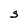
Character: S